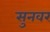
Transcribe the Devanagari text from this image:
सुनवर